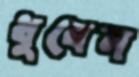
ধুবেন